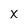
Character: x